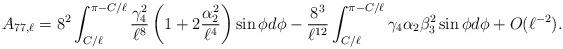
LaTeX: \begin{align*} A_{77,\ell}&= 8^2 \int_{C/\ell}^{\pi -C/\ell} \frac{\gamma_4^2}{\ell^8} \left( 1+2 \frac{\alpha_2^2}{\ell^4} \right) \sin \phi d \phi- \frac{8^3}{\ell^{12}} \int_{C/\ell}^{\pi -C/\ell} \gamma_4 \alpha_2 \beta_3^2 \sin \phi d \phi +O(\ell^{-2}).\end{align*}